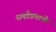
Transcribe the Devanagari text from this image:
सर्पांप्रमाणे